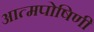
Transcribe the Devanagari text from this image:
आत्मपोषिणी